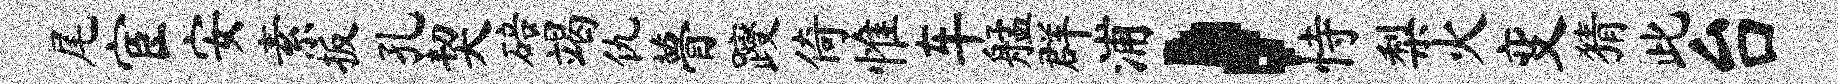
尾宦安素扳孔契碚竭仇瞢躞倚惟车艋群浦，恃梨火变猜此台